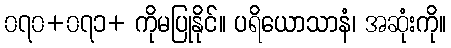
၀၇၀+၀၇၁+ ကိုမပြုနိုင်။ ပရိယောသာနံ၊ အဆုံးကို။